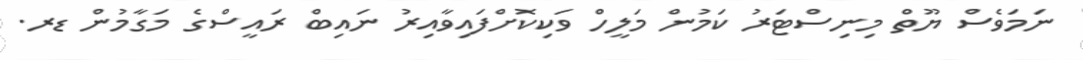
ނަމަވެސް ޔޫތް މިނިސްޓަރު ކަމުން މަލީހް ވަކިކޮށްފައިވާއިރު ނައިބް ރައީސްގެ މަގާމުން ޑރ.